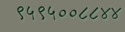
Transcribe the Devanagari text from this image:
९५९५००८८४४